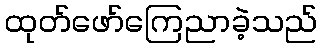
ထုတ်ဖော်ကြေညာခဲ့သည်